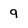
Character: 9